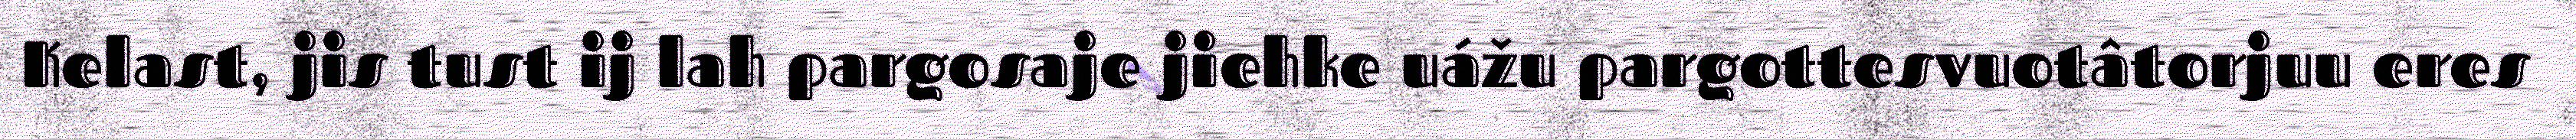
Kelast, jis tust ij lah pargosaje jiehke uážu pargottesvuotâtorjuu eres